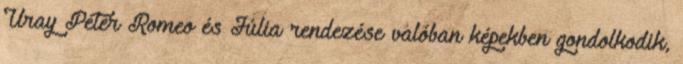
Uray Péter Romeo és Júlia rendezése valóban képekben gondolkodik,